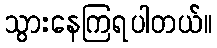
သွားနေကြရပါတယ်။